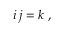
\; i \, j = k \; ,